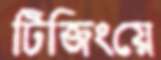
টিজিংয়ে